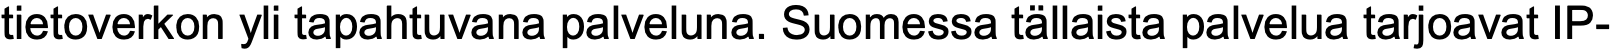
tietoverkon yli tapahtuvana palveluna. Suomessa tällaista palvelua tarjoavat IP-